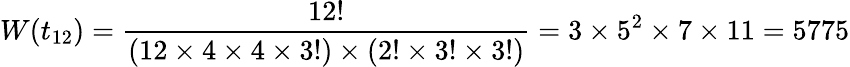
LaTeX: W(t_{12})=\frac{12!}{(12\times 4\times 4\times 3!)\times(2!\times 3!\times 3!)}=3\times 5^{2}\times 7\times 11=5775